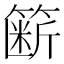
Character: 簖